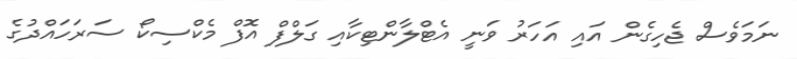
ނަމަވެސް ޖެހިގެން އައި އަހަރު ވަނީ އެޓްލާންޓިކާއި ގަލްފް އޮފް މެކްސިކޯ ސަރަހައްދުގެ